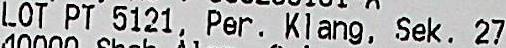
LOT PT 5121, PER, KLANG, SEK, 27